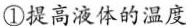
①提高液体的温度